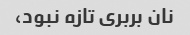
نان بربری تازه نبود،